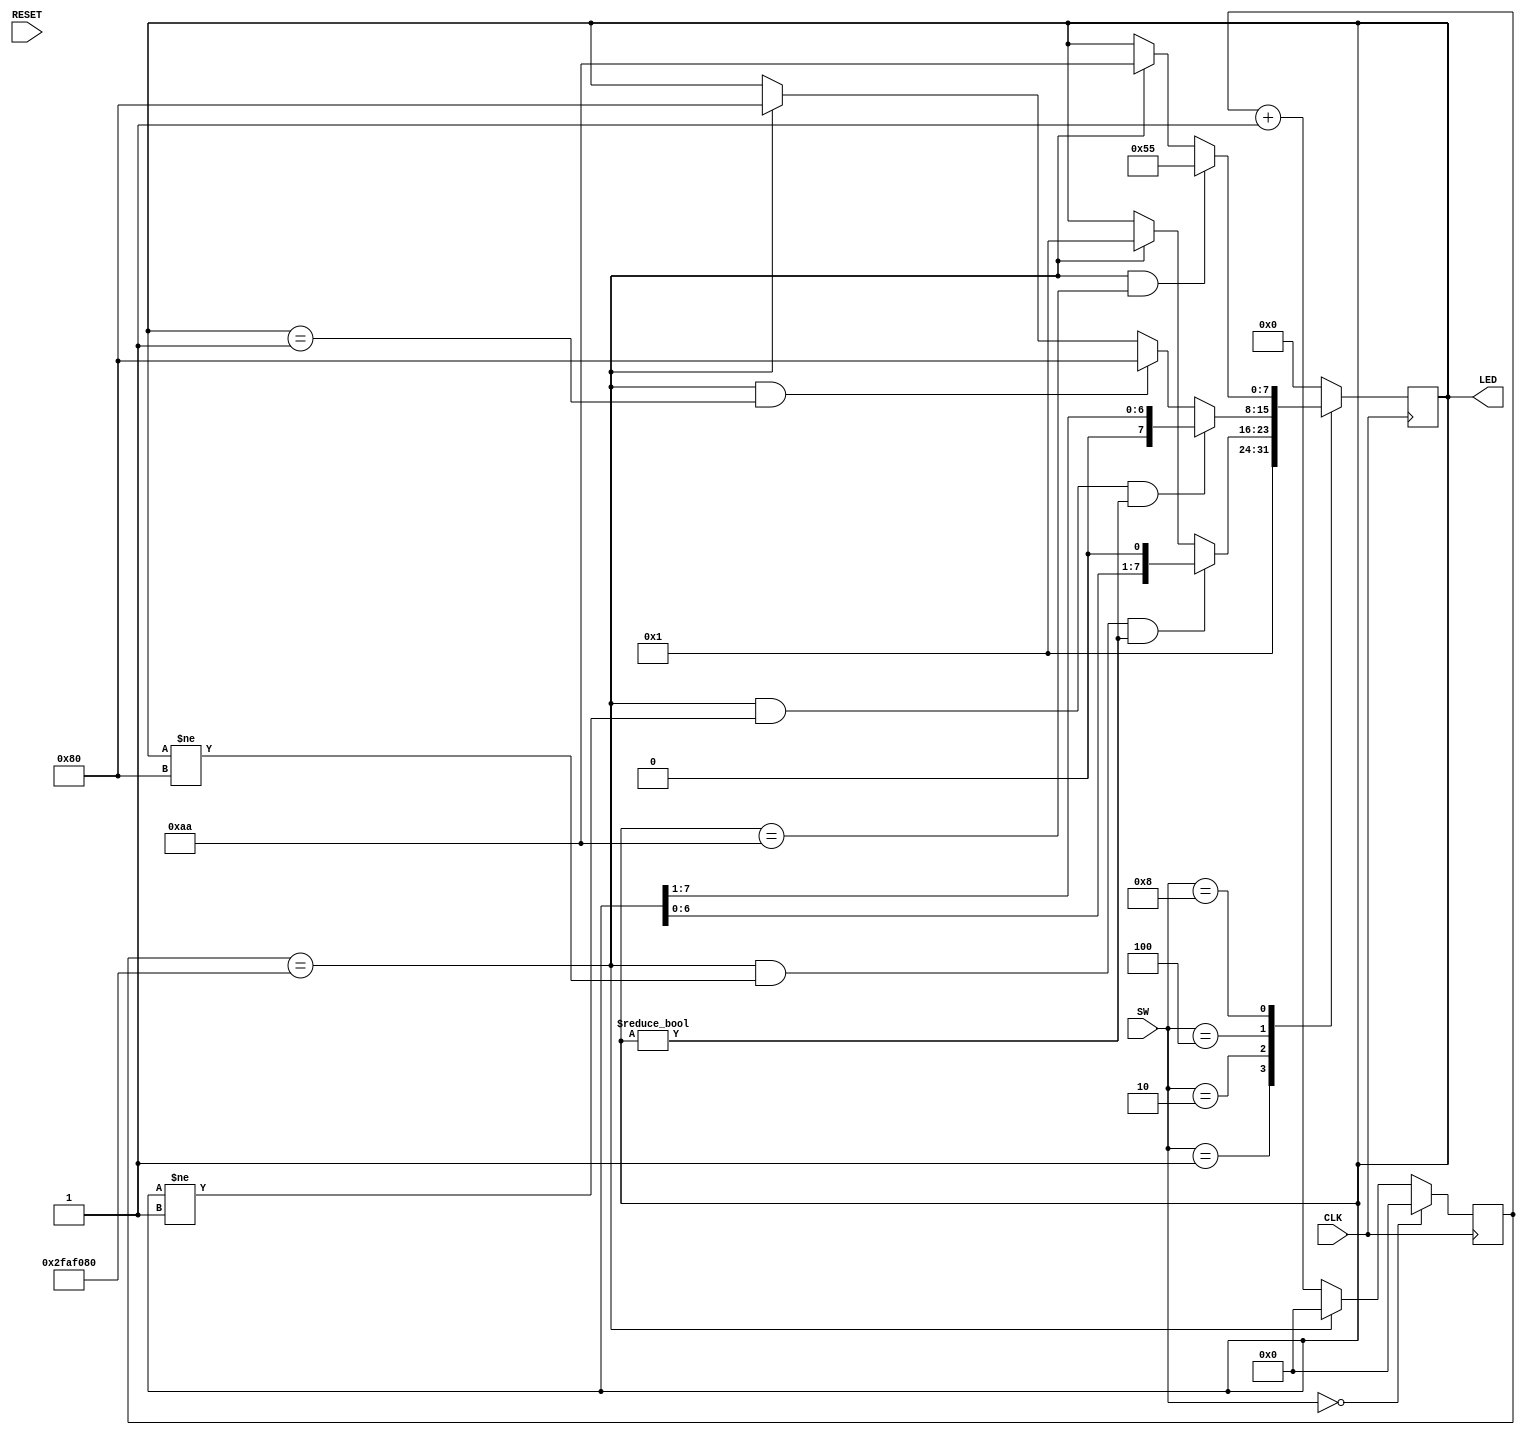
`timescale 1ns / 1ps
//////////////////////////////////////////////////////////////////////////////////
// Company: 
// Engineer: 
// 
// Design Name: 
// Module Name:    hellofpga 
// Project Name: 
// Target Devices: 
// Tool versions: 
// Description: 
//
// Dependencies: 
//
// Revision: 
// Revision 0.01 - File Created
// Additional Comments: 
//
//////////////////////////////////////////////////////////////////////////////////
`define MAX 50000000
module hellofpga(RESET, CLK, LED, SW);
    input                   CLK, RESET;
    input               [3:0]   SW;
    output  reg [7:0] LED;
    
    reg     [25:0]      COUNTER;
    
    
    // COUNTER
    always@(posedge CLK)begin
        if (SW == 0) COUNTER = 0;
        else if (COUNTER == `MAX) COUNTER = 0;
        else COUNTER = COUNTER + 1;
    end

    // LED  
    always@(posedge CLK) begin

        case(SW)
            1: LED = 8'b00000001;
            2: begin
                if (COUNTER == `MAX && LED != 8'b10000000 && LED != 0) LED = LED <<1;
                else if (COUNTER == `MAX) LED = 1;
                else LED = LED;
            end
            4: begin
                if (COUNTER == `MAX && LED != 1 && LED != 0) LED = LED >>1;
                else if (COUNTER == `MAX && LED == 1) LED = 8'b10000000;
                else if (COUNTER == `MAX) LED = 8'b10000000;
                else LED = LED;
            end
            8: begin
                if (COUNTER == `MAX && LED == 8'b10101010) LED = 8'b01010101;
                else if (COUNTER == `MAX) LED = 8'b10101010;
                else LED = LED;
            end
            default: LED = 0;
        endcase

    end
    
endmodule